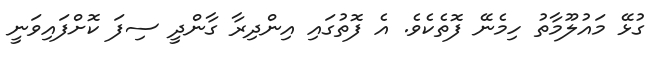
ގުޅޭ މައުލޫމާތު ހިމެނޭ ފޮތެކެވެ. އެ ފޮތުގައި އިންދިރާ ގާންދީ ސިފަ ކޮށްފައިވަނީ